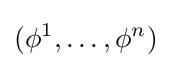
(\phi ^{1},\ldots ,\phi ^{n})